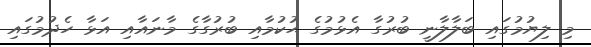
މި ލިޔުމުގައި ބަލާލާނީ ބުރުގާ އެޅުމުގެ ޙުކުމާއި ބުރުގާގެ މާނައާއި އަޅާ ހެދުމުގައި